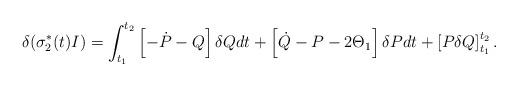
LaTeX: \begin{align*}\delta(\sigma^{*}_{2}(t)I)=\int^{t_{2}}_{t_{1}}\left[-\dot{P}-Q\right]\delta Qdt+\left[\dot{Q}-P-2\Theta_{1}\right]\delta Pdt+\left[P\delta Q\right]^{t_{2}}_{t_{1}}.\end{align*}